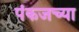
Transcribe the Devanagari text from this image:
पंकजच्या